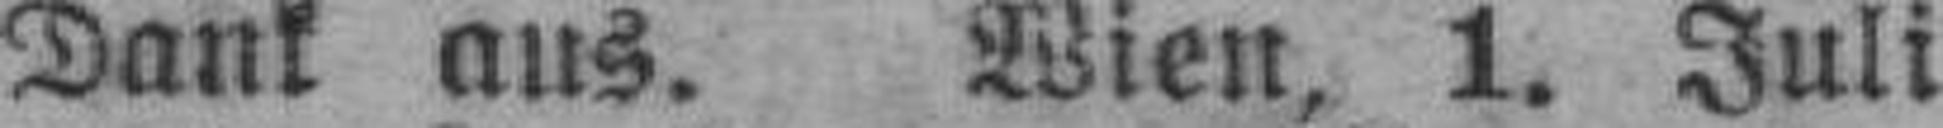
Dank aus. Wien, 1. Juli